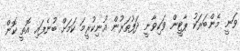
ވަނީ މެންބަރަކު ޕާޓީން ވަކިވާނީ ދަފުތަރުން އުނިކުރީމަ ކަމަށް ބުނެފައި އޮތީ ކޮން